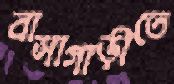
বাসাগাড়ীতে